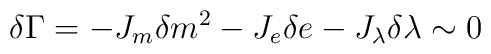
\delta \Gamma = -J_m\delta m^2 -J_e\delta e-J_\lambda\delta\lambda \sim 0